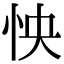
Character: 怏